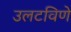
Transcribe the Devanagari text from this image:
उलटविणे